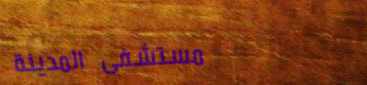
مستشفى المدينة